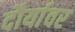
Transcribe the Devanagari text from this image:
दौर्यावर